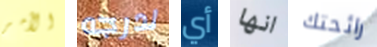
الأمر لدرجه أي انها رائحتك